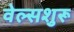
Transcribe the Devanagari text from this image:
वेल्सशुरू